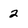
Character: 2